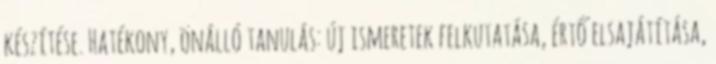
készítése. Hatékony, önálló tanulás: új ismeretek felkutatása, értő elsajátítása,